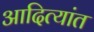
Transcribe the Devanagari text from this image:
आदित्यांत